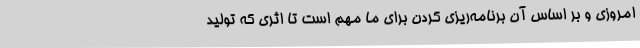
امروزی و بر اساس آن برنامه‌ریزی کردن برای ما مهم است تا اثری که تولید